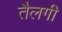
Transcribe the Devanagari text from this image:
तैलगी